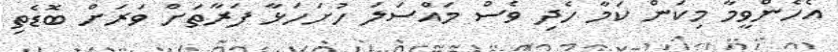
އެހެންވީމާ މިކަން ކަމާ ހެދި ވެސް މައްސަލަ ހުށަހަޅާ ފަރާތަށް ވަރަށް ބޮޑެތި